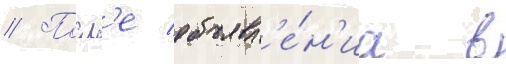
// Посл'е объявл'е́н'иа в